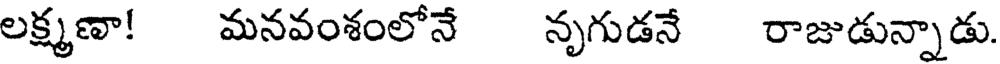
లక్ష్మణా! మనవంశంలోనే నృగుడనే రాజుడున్నాడు.